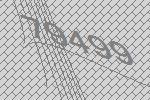
79499